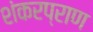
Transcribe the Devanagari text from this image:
शंकरप्राण